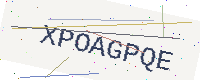
Text: XPOAGPQE